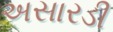
અસારડી